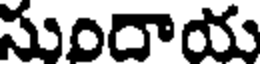
సుందాయ